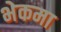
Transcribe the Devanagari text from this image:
भेकमा